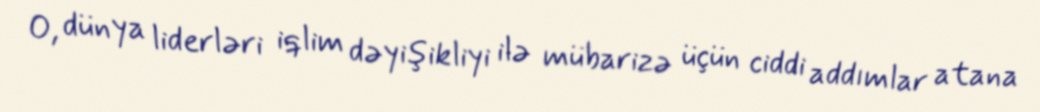
O, dünya liderləri iqlim dəyişikliyi ilə mübarizə üçün ciddi addımlar atana